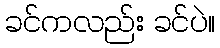
ခင်ကလည်း ခင်ပဲ။